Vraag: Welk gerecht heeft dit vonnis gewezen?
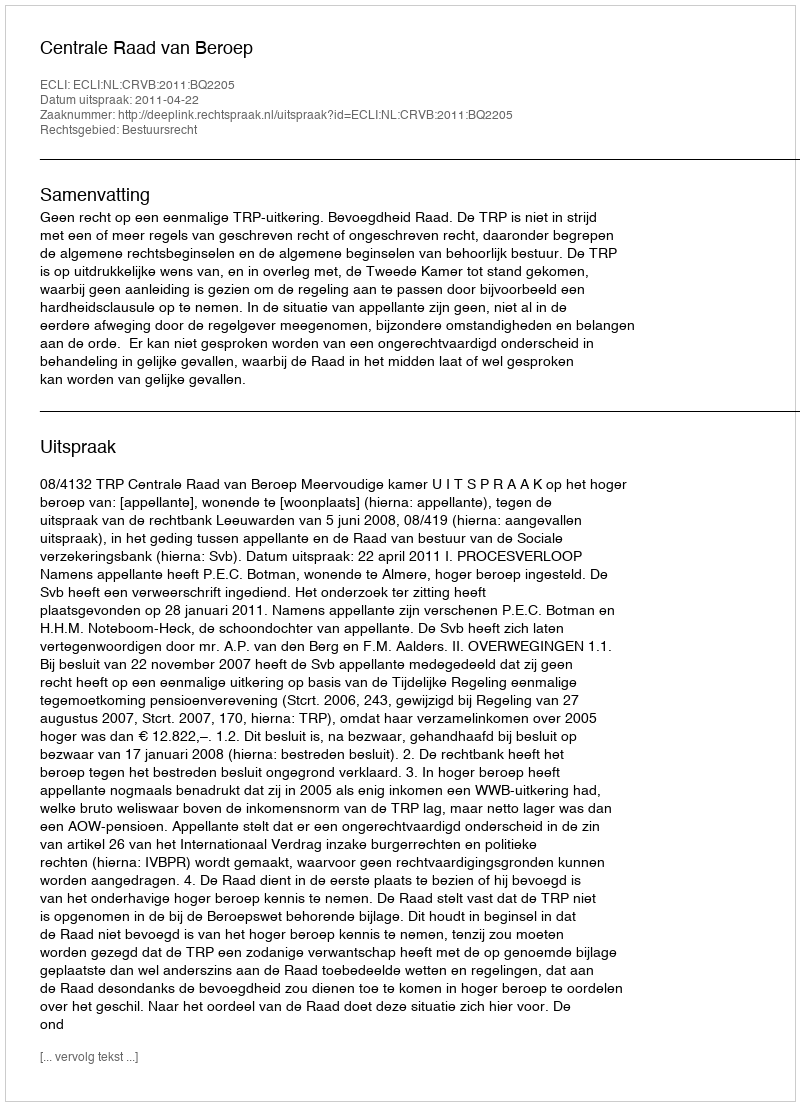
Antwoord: Centrale Raad van Beroep